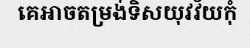
គេអាចតម្រង់ទិសយុវវ័យកុំ